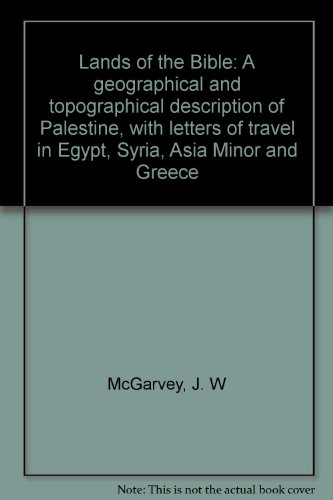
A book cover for Lands of the Bible: A geographical and topographical description of Palestine, with letters of travel in Egypt, Syria, Asia Minor and Greece; J. W McGarvey; Travel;